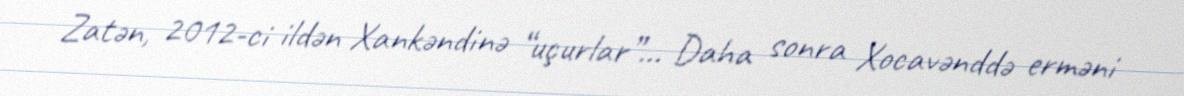
Zatən, 2012-ci ildən Xankəndinə “uçurlar”... Daha sonra Xocavənddə erməni